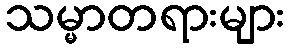
သမ္မာတရားများ